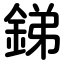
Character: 銻